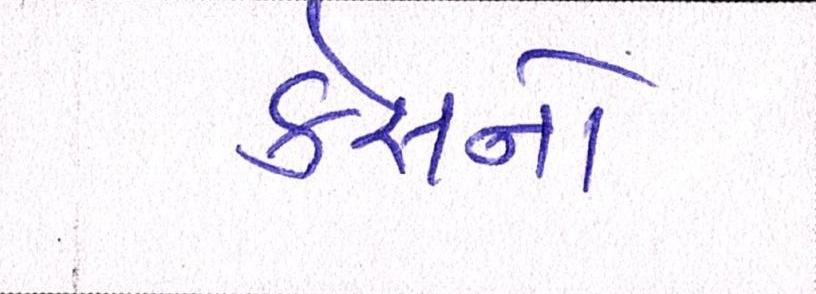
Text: કેસનો